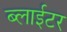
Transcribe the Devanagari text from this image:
ब्लाईटर